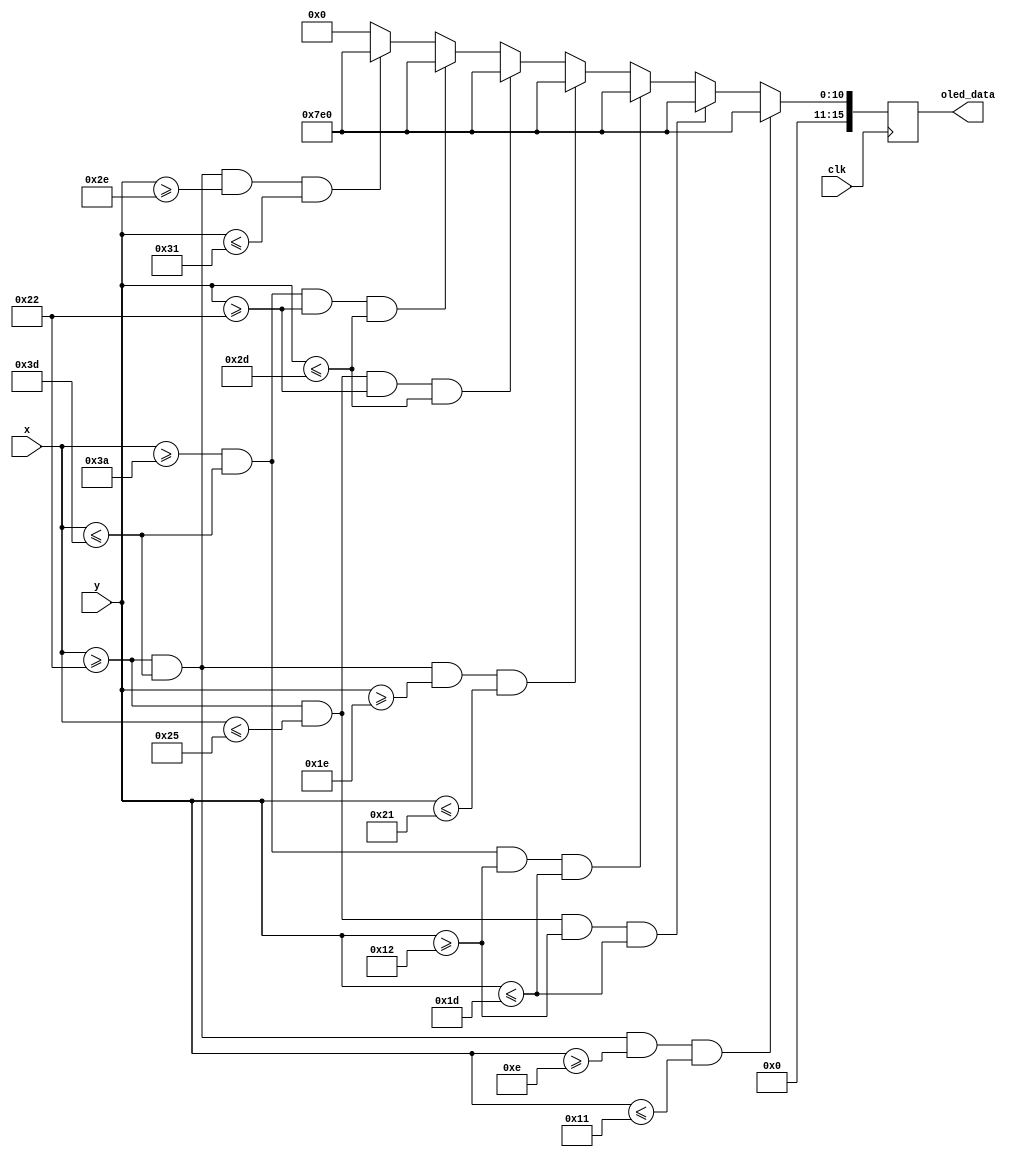
`timescale 1ns / 1ps
//////////////////////////////////////////////////////////////////////////////////
// Company: 
// Engineer: 
// 
// Design Name: 
// Module Name: number_8
// Project Name: 
// Target Devices: 
// Tool Versions: 
// Description: 
// 
// Dependencies: 
// 
// Revision:
// Revision 0.01 - File Created
// Additional Comments:
// 
//////////////////////////////////////////////////////////////////////////////////


module number_8(
    input clk,
    input [6:0] x, y,
    output reg [15:0] oled_data
    );
    parameter [15:0] green = 16'b0000011111100000;
    
    always @(posedge clk) begin
        if (x >= 34 && x <= 61 && y >= 14 && y <= 17) oled_data <= green;
        else if (x >= 34 && x <= 37 && y >= 18 && y <= 29) oled_data <= green;
        else if (x >= 58 && x <= 61 && y >= 18 && y <= 29) oled_data <= green;
        else if (x >= 34 && x <= 61 && y >= 30 && y <= 33) oled_data <= green;
        else if (x >= 34 && x <= 37 && y >= 34 && y <= 45) oled_data <= green;
        else if (x >= 58 && x <= 61 && y >= 34 && y <= 45) oled_data <= green;
        else if (x >= 34 && x <= 61 && y >= 46 && y <= 49) oled_data <= green;
        else oled_data <= 0;
    end
endmodule